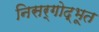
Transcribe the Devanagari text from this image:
निसर्गोद्भूत